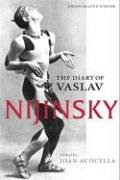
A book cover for The Diary of Vaslav Nijinsky; Vaslav Nijinsky; Biographies & Memoirs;